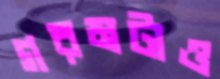
গরমটাও